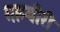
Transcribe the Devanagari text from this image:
गाम्बीरी